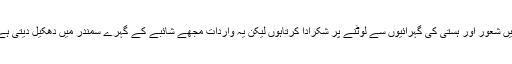
میں شعور اور ہستی کی گہرائیوں سے لوٹنے پر شکرادا کرتاہوں لیکن یہ واردات مجھے شائبے کے گہرے سمندر میں دھکیل دیتی ہے۔